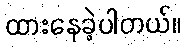
ထားနေခဲ့ပါတယ်။